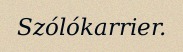
Szólókarrier.